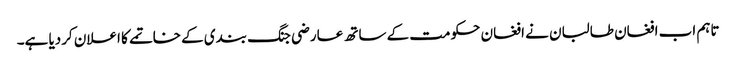
تاہم اب افغان طالبان نے افغان حکومت کے ساتھ عارضی جنگ بندی کے خاتمے کا اعلان کردیا ہے۔